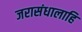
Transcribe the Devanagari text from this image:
जरासंधालाहि